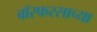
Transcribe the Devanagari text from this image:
बॉस्फरसाच्या